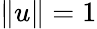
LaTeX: \| u\| =1